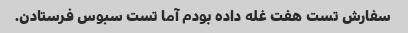
سفارش تست هفت غله داده بودم آما تست سبوس فرستادن.